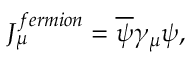
{ \cal J } _ { \mu } ^ { f e r m i o n } = \overline { { { \psi } } } \gamma _ { \mu } \psi ,